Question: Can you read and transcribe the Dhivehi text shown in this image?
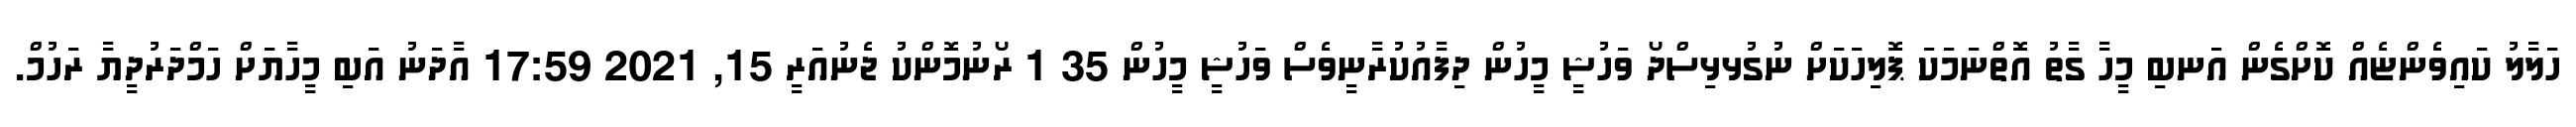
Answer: ހަލާލު ކައިވެންޏެއް ކޮށްގެން އަނބި މީހާ ގާތު އޮތްނަމަކަ ޕޮލިހަކަށް ނުގުޅޅިސްދޯ ވަހުޝީ މީހުން ދިފާއުކުރާނީވެސް ވަހުޝީ މީހުން 35 1 ރޯނުމޮންކު ޖެނުއަރީ 15, 2021 17:59 އާދަނު އަބި މީހާޔަށް ހަމްދަރުދީޔާ ރަހުމް.